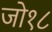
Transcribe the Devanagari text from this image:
जो१८